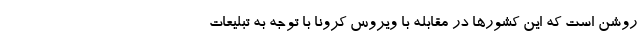
روشن است که این کشورها در مقابله با ویروس کرونا با توجه به تبلیعات